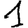
Digit: 1